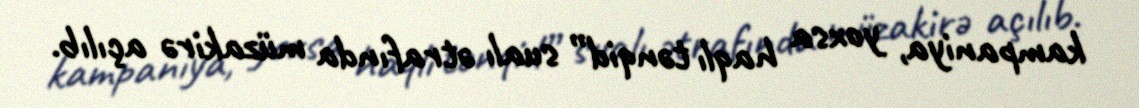
kampaniya, yoxsa haqlı tənqid” sualı ətrafında müzakirə açılıb.